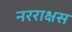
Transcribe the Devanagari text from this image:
नरराक्षस